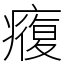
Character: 癁